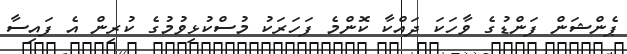
ޕެންޝަން ފަންޑުގެ ވާހަކަ ދައްކާ ކޮންމެ ފަހަރަކު މުސްކުޅިވުމުގެ ކުރިން އެ ފައިސާ